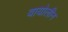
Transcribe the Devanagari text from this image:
वायोलीन